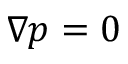
\nabla p = 0